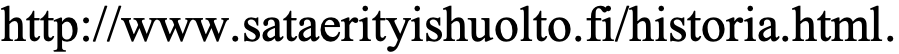
http://www.sataerityishuolto.fi/historia.html.